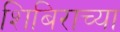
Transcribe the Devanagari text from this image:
शिबिराच्या